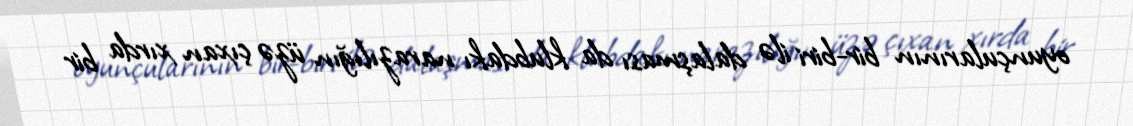
oyunçularının bir-biri ilə dalaşması da klubdakı narazılığın üzə çıxan xırda bir